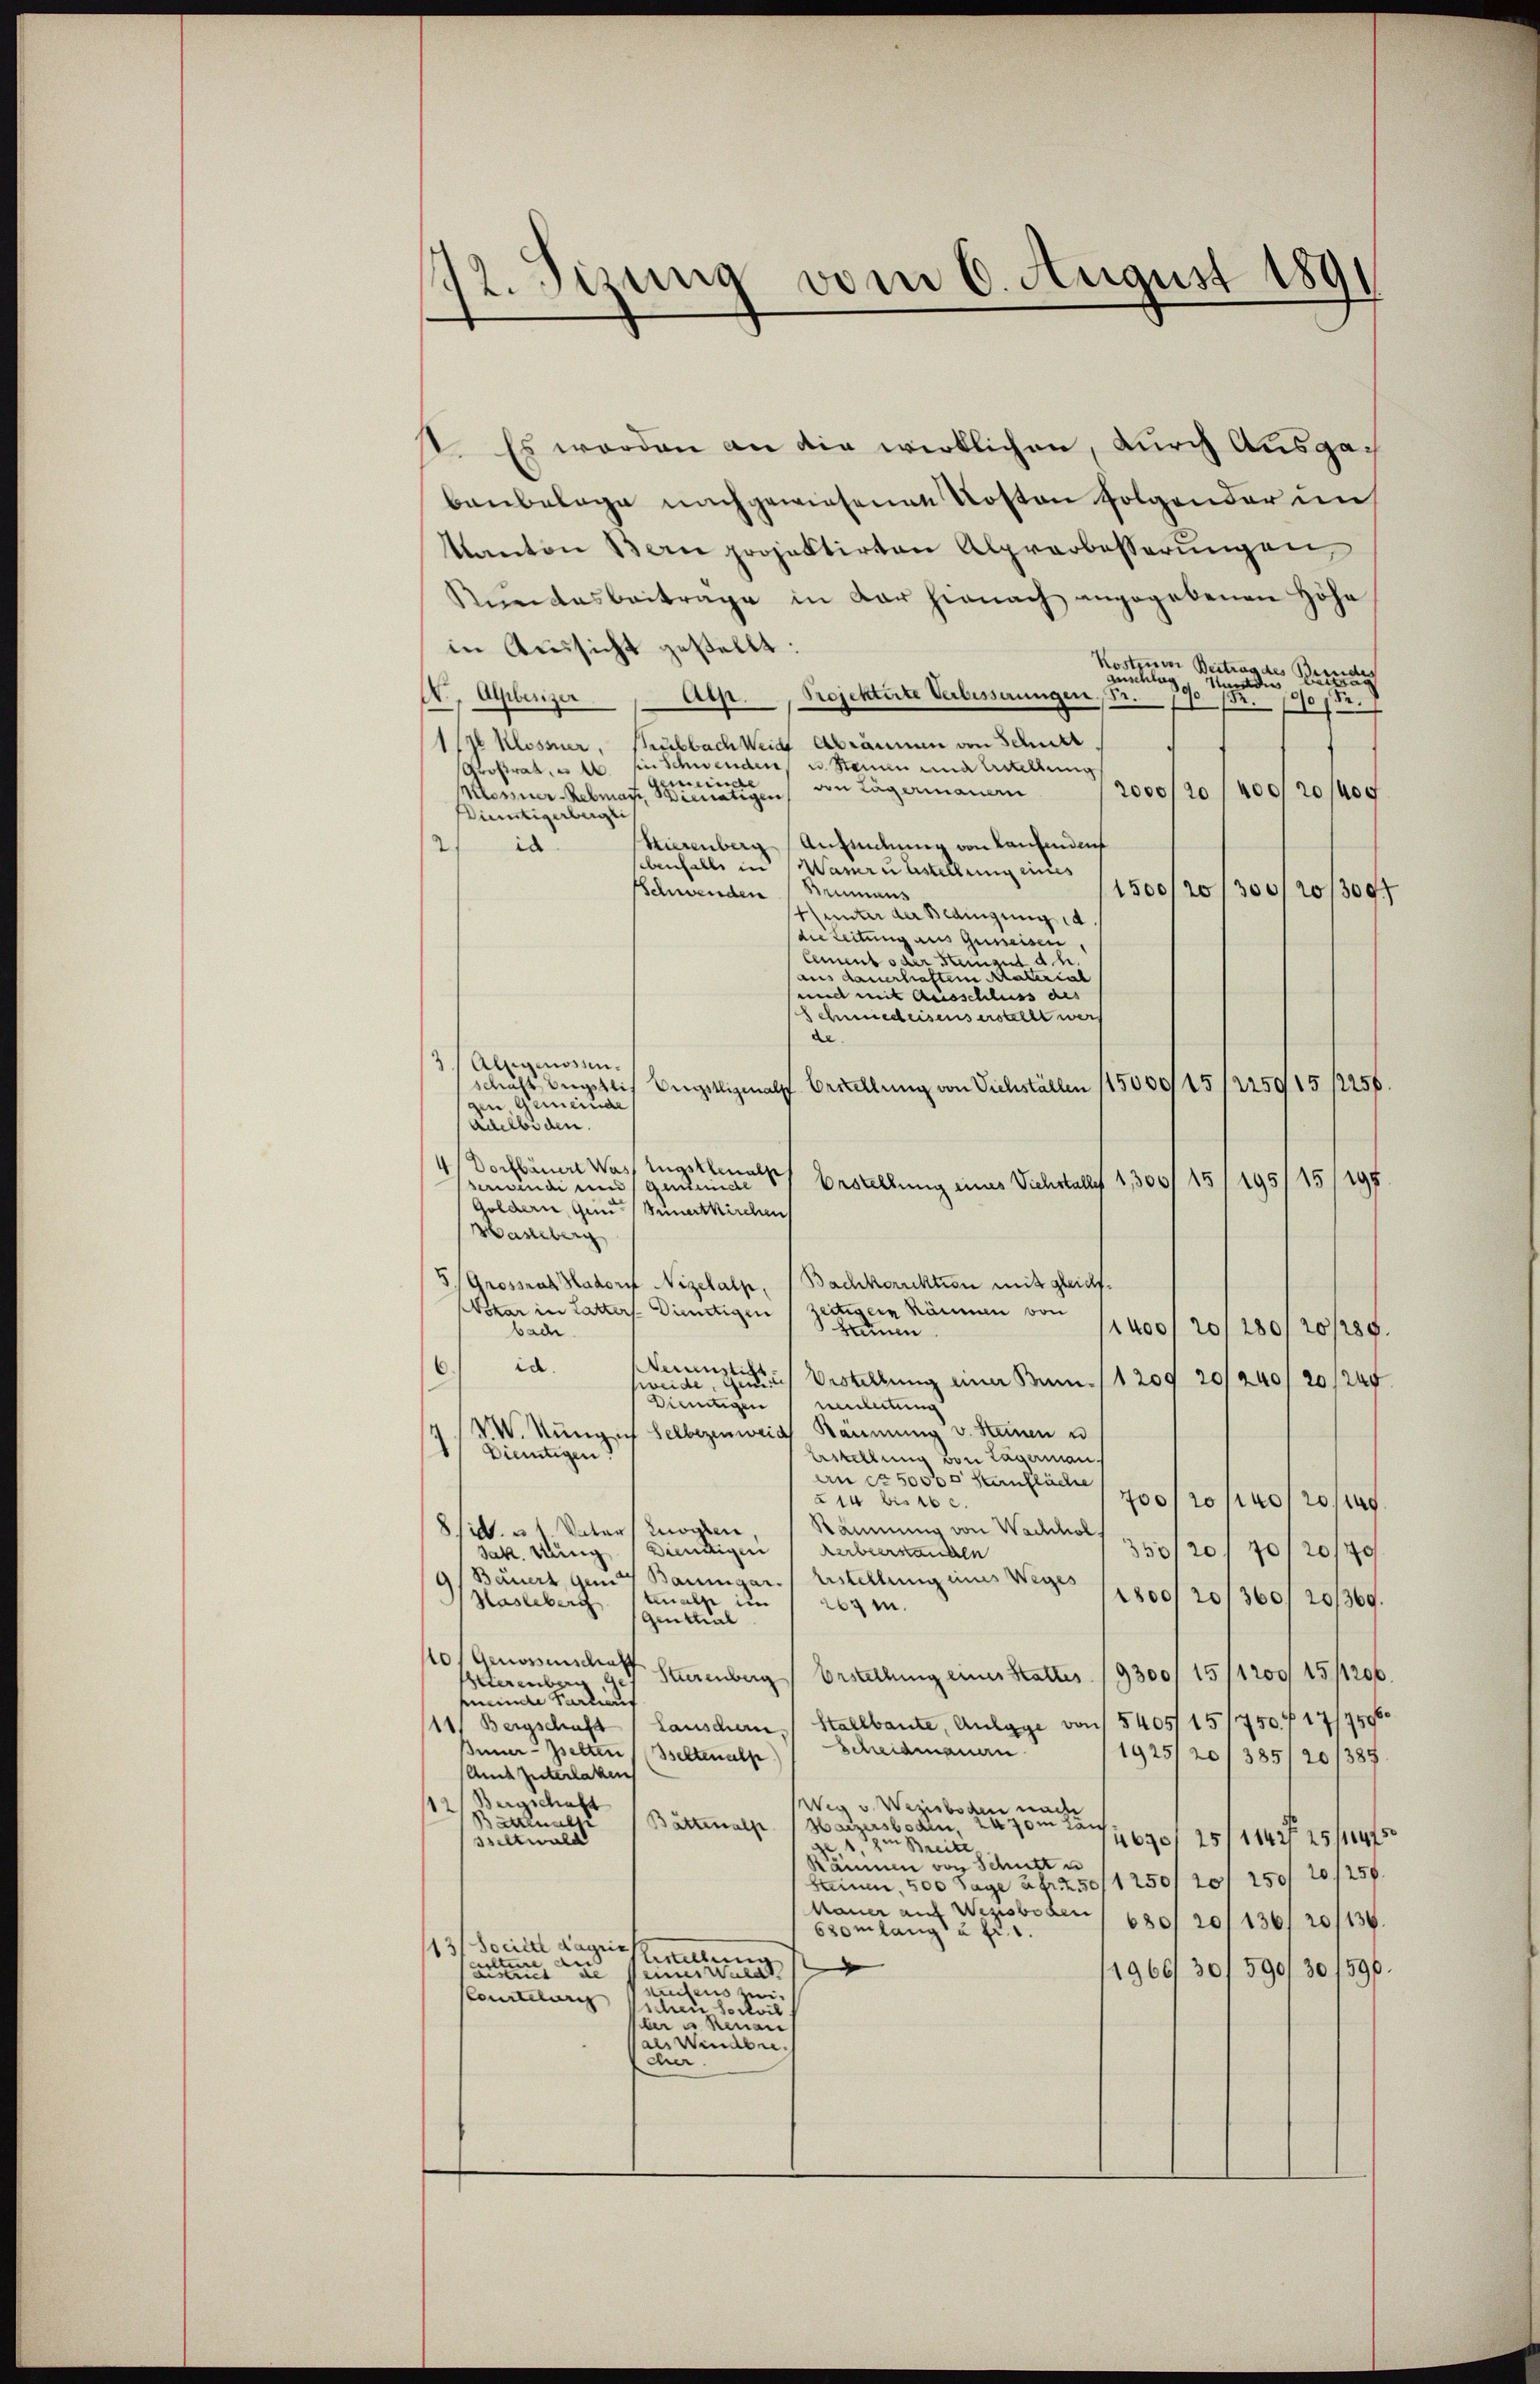
vom 6. August 1891
142. Sizar

st. Es werden an die wirklichen, durch Ausga¬
Baubelage nachgewiesenen Kosten folgender im
Kanton Bern projektirten Alprerbesserungen,
Kundesbeitrage in dar hienach angegebenen Höhe
in Aussicht gestellt:
Kosten Beitrag des Bunde
Anschlag
Mander
do
Projektirte Verbesserungen Fr.
N. Alberiger
Atze.
R. 1910 /12.
1/7 Klossner, Kubbach Weide Abräumen von Schutt
Großratet sie schwenden u. Stamm una dellung
minar
den Lagermanen
2000/2,400,20/4
Mossner-Rebmayr, Bienatigen
Düntigerbergei
Hierenberg (Anfindung von Laufenden
in
2
ebenfall in Warruhstellung eines
Schwenden (Brumaus
1500/20/300/20/3097
tunter der Bedingung d
die Leitung aus geweisen,
Cement oder Stengut d. h.
aus dauerhaften Malerial
und mit Ausschluss des
Schmiedeisens erstellt wer
de.
3) Alligenossen.
schaft Angstlich Engstligmals Erstellung von Viehställen 115000/15/225915/2256
gen Gemeinde
adelboden.
Dorfbauer Was Augstenach Bestellung eines Viehstalles 1,300/15
195/15/197
berwinde und gestünde
Goldern, qui sunertkirchen
Wasberg
5. Grossrat Hadorf Nigelalp, / Bachkorrektion mit gleichsskar in Latters. Dietigen / zeitigern Räumen von
1400/20/280/20/289.
kamen
bad.
Neuenstlich
id.
.
weide, nach Bestellung einer Num. /1209 20/240/20/245
Dietigen
neutung
W. Nung ich selberzenweid Räumung v. Steinen u
Dietigen:
Erstellung von Lagerman
an ca 50000 Sternfläche
14 bis 16.
700/20 f 40 20
Räumung von Wachhol,
i. 1 Votar zogen
Dienstigen
ebeerstanden
350/20/70120/4/
Jak. Nung
9/Bäuert quit Baumgar. Erstellung eines Weges
1800/20/360, 20/369.
tenalp im 1 267 m.
Hasleberg
genthal
110. Genossenschaff
Starenberg Erstellung eines Stattes 19300/15/1200/15/1206.
arenberg
kemeinde Partier
Lanschen Stallbaute, Anlage von 5405/15/750 f 17/7596
11) Bergschaft
Schreidmanen
Inneresselten selten als
1925120/385/20/385
Auch Güterlaken
Bergschaft
Weg v. Wezisboden nach
12/s anals
0m Län
Bättenalp
Weizersboden,
4690 25/114 f 25/1475
ltwald
ge, 1, zu Breite
Räumen von Schutt u
Seinen, 300 Tage abr 50/1250/11 150 20/250.
Mauer auf Wezsboden 630/ 20/136, 20/136.
Cromlang u. fr. 1.
113/ Societ dagrie
Artillen
a
ac
1966/30/590/301596.
e unerwart
aifens vi¬
Courtelung
schen Socil
e u benan
als Windere.
cher.